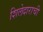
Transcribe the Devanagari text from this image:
शिलेदाराची